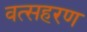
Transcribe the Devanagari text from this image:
वत्सहरण